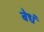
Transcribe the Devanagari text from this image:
बेधं